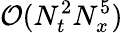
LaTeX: \mathcal{O}(N_{t}^{2}N_{x}^{5})